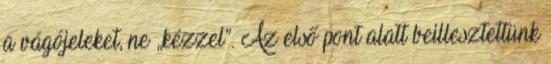
a vágójeleket, ne „kézzel”. Az első pont alatt beillesztettünk